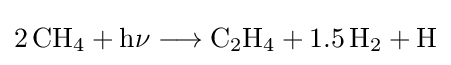
{2\,\mathrm {CH} {\vphantom {A}}_{\smash[{t}]{4}}{}+{}\mathrm {h\nu } {}\mathrel {\longrightarrow } {}\mathrm {C} {\vphantom {A}}_{\smash[{t}]{2}}\mathrm {H} {\vphantom {A}}_{\smash[{t}]{4}}{}+{}1.5\,\mathrm {H} {\vphantom {A}}_{\smash[{t}]{2}}{}+{}\mathrm {H} }